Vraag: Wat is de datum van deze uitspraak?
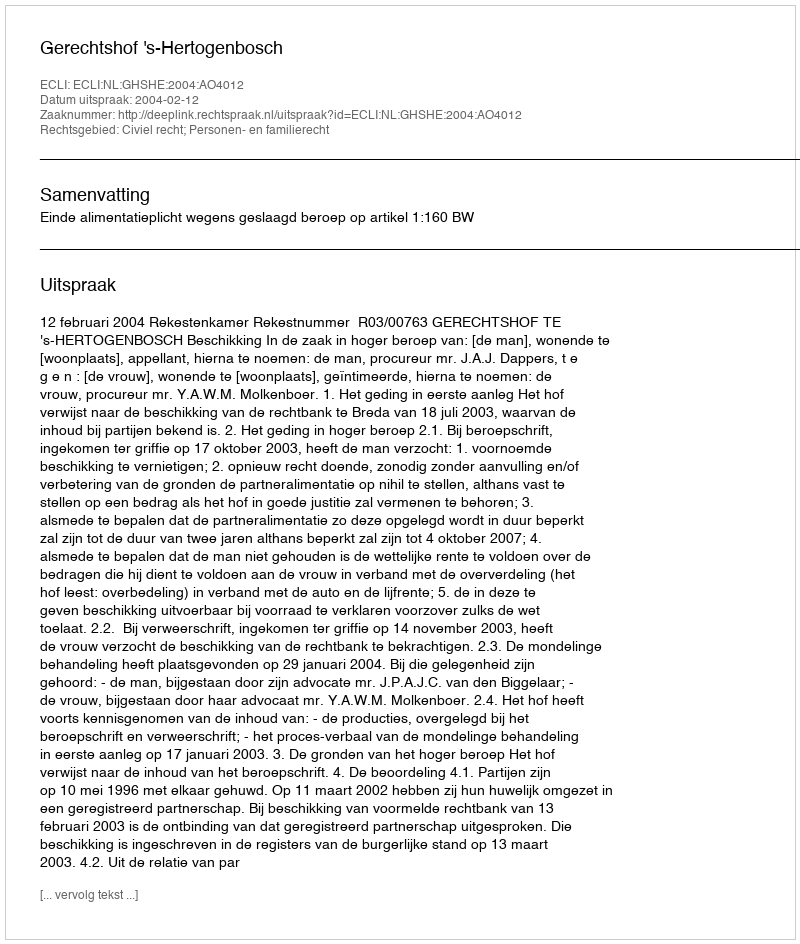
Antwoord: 2004-02-12